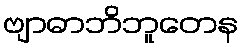
ဗျာဓာဘိဘူတေန